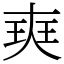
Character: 㻎